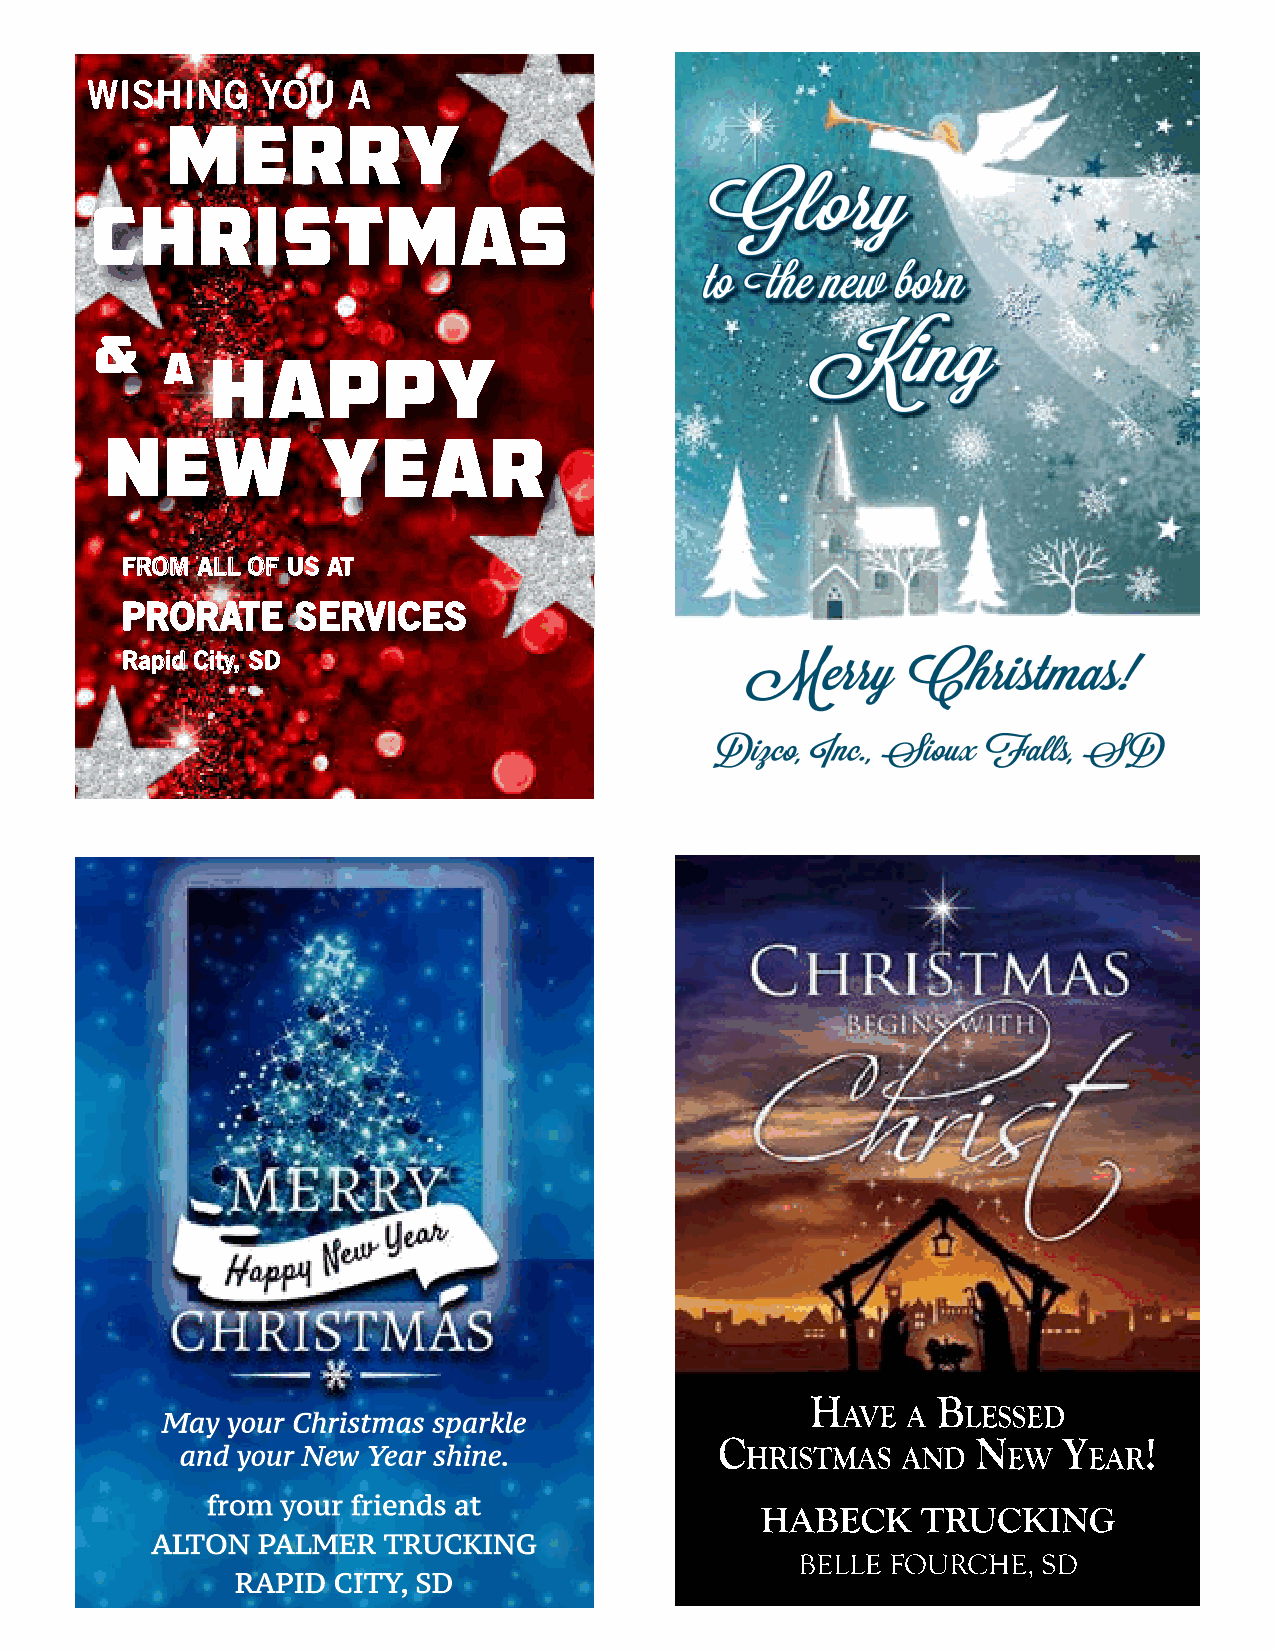
FFRROOMM AALLLL OOFF UUSS AATT
 PPRROORRAATTEE SSEERRVVIICCEESS
 RRaappiidd CCiittyy,, SSDD
 H       B
 AVE A   LESSED
 May your Christmas sparkle
 C                N    Y     !
 and your New Year shine.             HRISTMAS   AND    EW   EAR
 from your friends at
 HABECK     TRUCKING
 ALTON  PALMER  TRUCKING
 BELLE FOURCHE,  SD
 RAPID CITY, SD